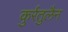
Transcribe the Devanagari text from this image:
कुर्रतुलैन